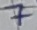
Text: 7